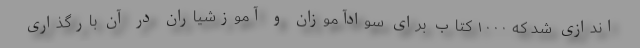
اندازی شد که ۱۰۰۰ کتاب برای سوادآموزان و آموزشیاران در آن بارگذاری